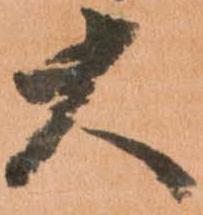
大